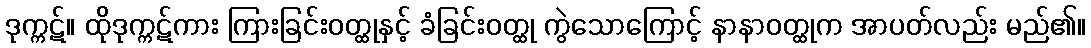
ဒုက္ကဋ်။ ထိုဒုက္ကဋ်ကား ကြားခြင်းဝတ္ထုနှင့် ခံခြင်းဝတ္ထု ကွဲသောကြောင့် နာနာဝတ္ထုက အာပတ်လည်း မည်၏။